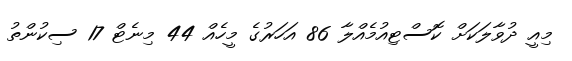
މިއީ ދުވާލަކަށް ކޮސްޓިއުމެއްލާ 86 އަހަރުގެ މީހެއް 44 މިނެޓް 17 ސިކުންތު